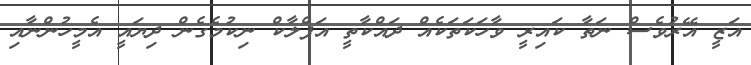
އަޒީ އޭރުވެސް ނަތާ ކައިރީ ވާހަކަތަކެއް ދައްކާތީ އަފްލާކް ނިކުމެގެން ދިޔައީ އެމީހުންނާއި